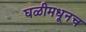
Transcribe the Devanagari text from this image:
घळीमधूनच